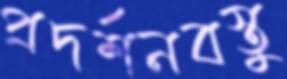
প্রদর্শনবস্তু